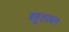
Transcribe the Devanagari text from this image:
बहुलाबन